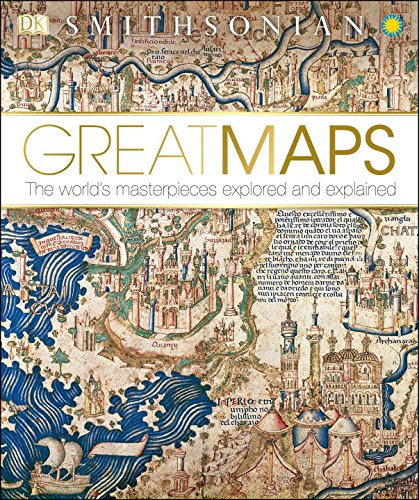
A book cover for Great Maps (Dk Smithsonian); Jerry Brotton; Science & Math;